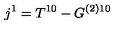
j ^ { 1 } = T ^ { 1 0 } - G ^ { ( 2 ) 1 0 }